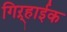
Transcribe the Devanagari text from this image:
गिऱ्हाईक